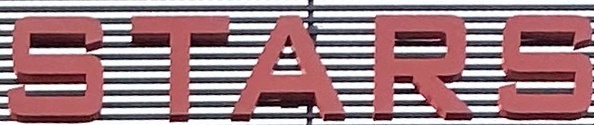
STARS